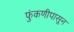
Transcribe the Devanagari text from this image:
फुंकणीपासून